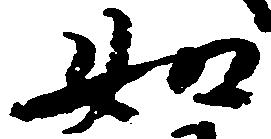
如